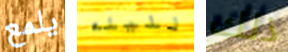
يلمع لليله ذلك